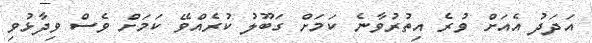
އަދަދު އެއަށް ވުރެ އިތުރުވާނެ ކަމަށް ގަބޫލު ކުރެެއްވޭ ކަމަށް ވެސް ވިދާޅުވި